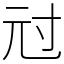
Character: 㝴